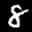
Label: 8